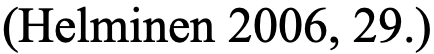
(Helminen 2006, 29.)